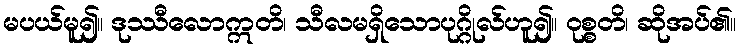
မပယ်မူ၍။ ဒုဿီလောဣတိ၊ သီလမရှိသောပုဂ္ဂိုလ်ဟူ၍။ ဝုစ္စတိ၊ ဆိုအပ်၏။